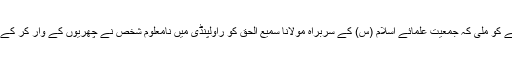
ایک برس قبل پاکستان کے دینی و سیاسی حلقوں کو انتہائی افسوسناک خبر سننے کو ملی کہ جمعیت علمائے اسلام (س) کے سربراہ مولانا سمیع الحق کو راولپنڈی میں نامعلوم شخص نے چھریوں کے وار کر کے اس وقت شہید کردیا جب وہ عصر کے بعد اپنے گھر میں آرام کر رہے تھے ۔